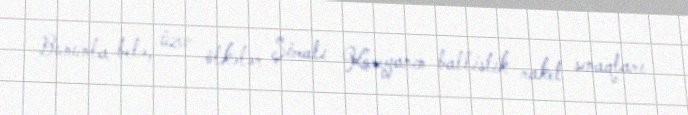
Bununla belə, üzv ölkələr Şimali Koreyanın ballistik raket sınaqları